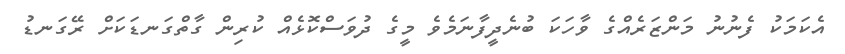
އެކަމަކު ފެނުނު މަންޒަރެއްގެ ވާހަކަ ބުނެދީފާނަމެވެ މީގެ ދުވަސްކޮޅެއް ކުރިން ގާތްގަނޑަކަށް ރޭގަނޑު